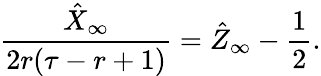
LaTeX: \frac{\hat{X}_{\infty}}{2r(\tau-r+1)}=\hat{Z}_{\infty}-\frac{1}{2}.